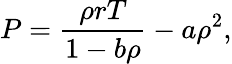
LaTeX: P=\frac{\rho rT}{1-b\rho}-a\rho^{2},